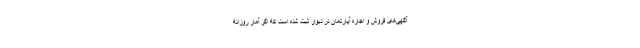
آگهی‌های فروش و اجاره آپارتمان در دیوار ثبت شده است که اگر آمار روزانه